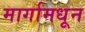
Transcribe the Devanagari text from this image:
मार्गामधून